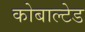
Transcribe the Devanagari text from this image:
कोबाल्टेड